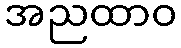
အညထာဝ